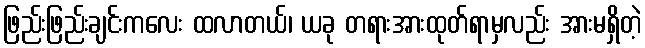
ဖြည်းဖြည်းချင်းကလေး ထလာတယ်၊ ယခု တရားအားထုတ်ရာမှလည်း အားမရှိတဲ့